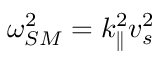
\omega _ { S M } ^ { 2 } = k _ { \parallel } ^ { 2 } v _ { s } ^ { 2 }